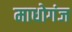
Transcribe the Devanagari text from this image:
माधोगंज